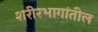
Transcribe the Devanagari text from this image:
शरीरभागांतील